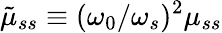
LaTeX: \tilde{\mu}_{ss}\equiv(\omega_{0}/\omega_{s})^{2}\mu_{ss}